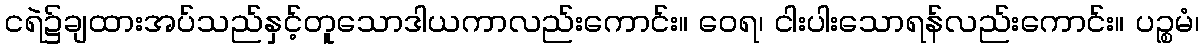
ငရဲ၌ချထားအပ်သည်နှင့်တူသောဒါယကာလည်းကောင်း။ ဝေရ၊ ငါးပါးသောရန်လည်းကောင်း။ ပဉ္စမံ၊